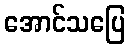
အောင်သပြေ